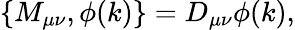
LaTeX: \left\{ M_{\mu\nu},\phi(k)\right\} =D_{\mu\nu}\phi(k),